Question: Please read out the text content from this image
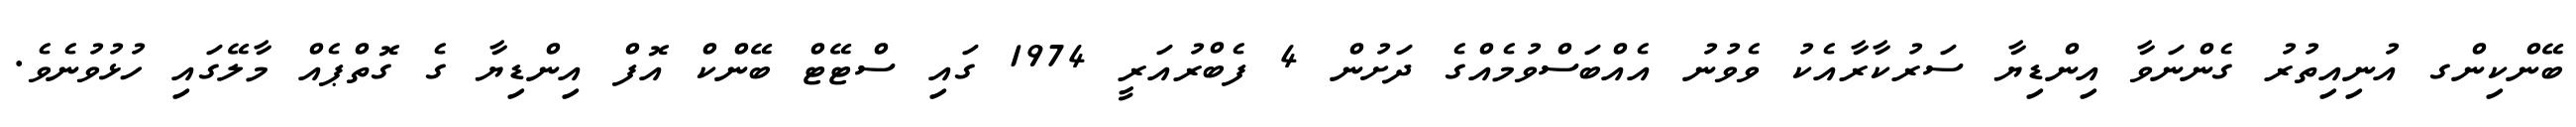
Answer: ބޭންކިންގ އުނިއިތުރު ގެންނަވާ އިންޑިޔާ ސަރުކާރާއެކު ވެވުނު އެއްބަސްވުމެއްގެ ދަށުން 4 ފެބްރުއަރީ 1974 ގައި ސްޓޭޓް ބޭންކް އޮފް އިންޑިޔާ ގެ ގޮތްޕެއް މާލޭގައި ހުޅުވުނެވެ.